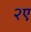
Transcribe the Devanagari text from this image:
२ए